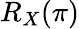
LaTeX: R_{X}(\pi)